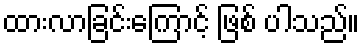
ထားလာခြင်းကြောင့် ဖြစ် ပါသည်။